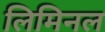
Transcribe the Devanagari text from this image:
लिमिनल